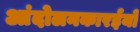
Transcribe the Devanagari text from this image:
आंदोलनकारईयों